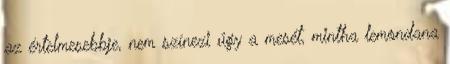
az értelmesebbje, nem színezi úgy a mesét, mintha lemondana